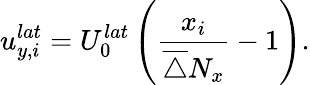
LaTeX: u_{y,i}^{lat}=U_{0}^{lat}\left(\frac{x_{i}}{\overline{{\triangle}}N_{x}}-1\right).